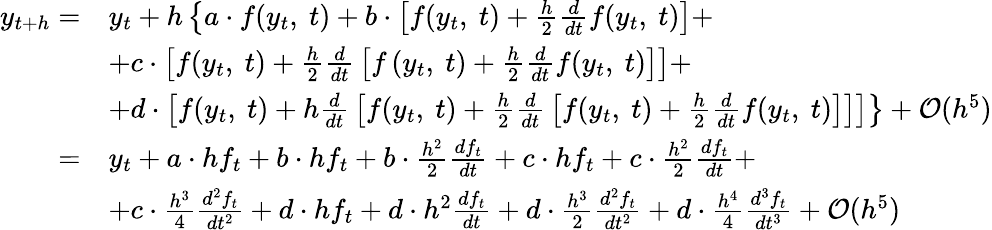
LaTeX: {\begin{array}{rl}{y_{t+h}=}&{y_{t}+h\left\lbrace a\cdot f(y_{t},\ t)+b\cdot\left[f(y_{t},\ t)+{\frac{h}{2}}{\frac{d}{dt}}f(y_{t},\ t)\right]\right.+}\\ &{+c\cdot\left[f(y_{t},\ t)+{\frac{h}{2}}{\frac{d}{dt}}\left[f\left(y_{t},\ t\right)+{\frac{h}{2}}{\frac{d}{dt}}f(y_{t},\ t)\right]\right]+}\\ &{+d\cdot\left[f(y_{t},\ t)+h{\frac{d}{dt}}\left[f(y_{t},\ t)+{\frac{h}{2}}{\frac{d}{dt}}\left[f(y_{t},\ t)+\left.{\frac{h}{2}}{\frac{d}{dt}}f(y_{t},\ t)\right]\right]\right]\right\rbrace+{\mathcal{O}}(h^{5})}\\ {=}&{y_{t}+a\cdot hf_{t}+b\cdot hf_{t}+b\cdot{\frac{h^{2}}{2}}{\frac{df_{t}}{dt}}+c\cdot hf_{t}+c\cdot{\frac{h^{2}}{2}}{\frac{df_{t}}{dt}}+}\\ &{+c\cdot{\frac{h^{3}}{4}}{\frac{d^{2}f_{t}}{dt^{2}}}+d\cdot hf_{t}+d\cdot h^{2}{\frac{df_{t}}{dt}}+d\cdot{\frac{h^{3}}{2}}{\frac{d^{2}f_{t}}{dt^{2}}}+d\cdot{\frac{h^{4}}{4}}{\frac{d^{3}f_{t}}{dt^{3}}}+{\mathcal{O}}(h^{5})}\end{array}}